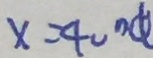
x = 4 0 ^ { \circ } \varnothing